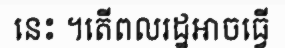
នេះ ។តើពលរដ្ឋអាចធ្វើ